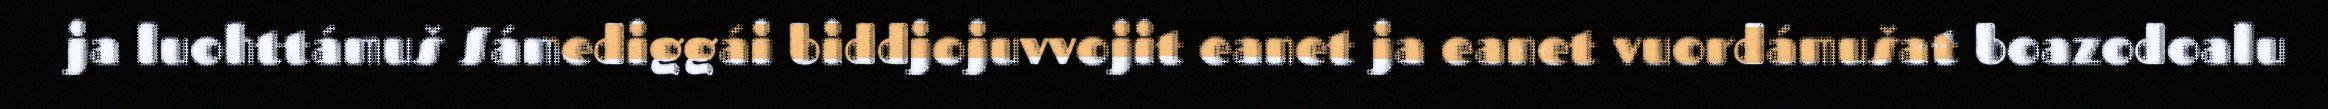
ja luohttámuš Sámediggái biddjojuvvojit eanet ja eanet vuordámušat boazodoalu